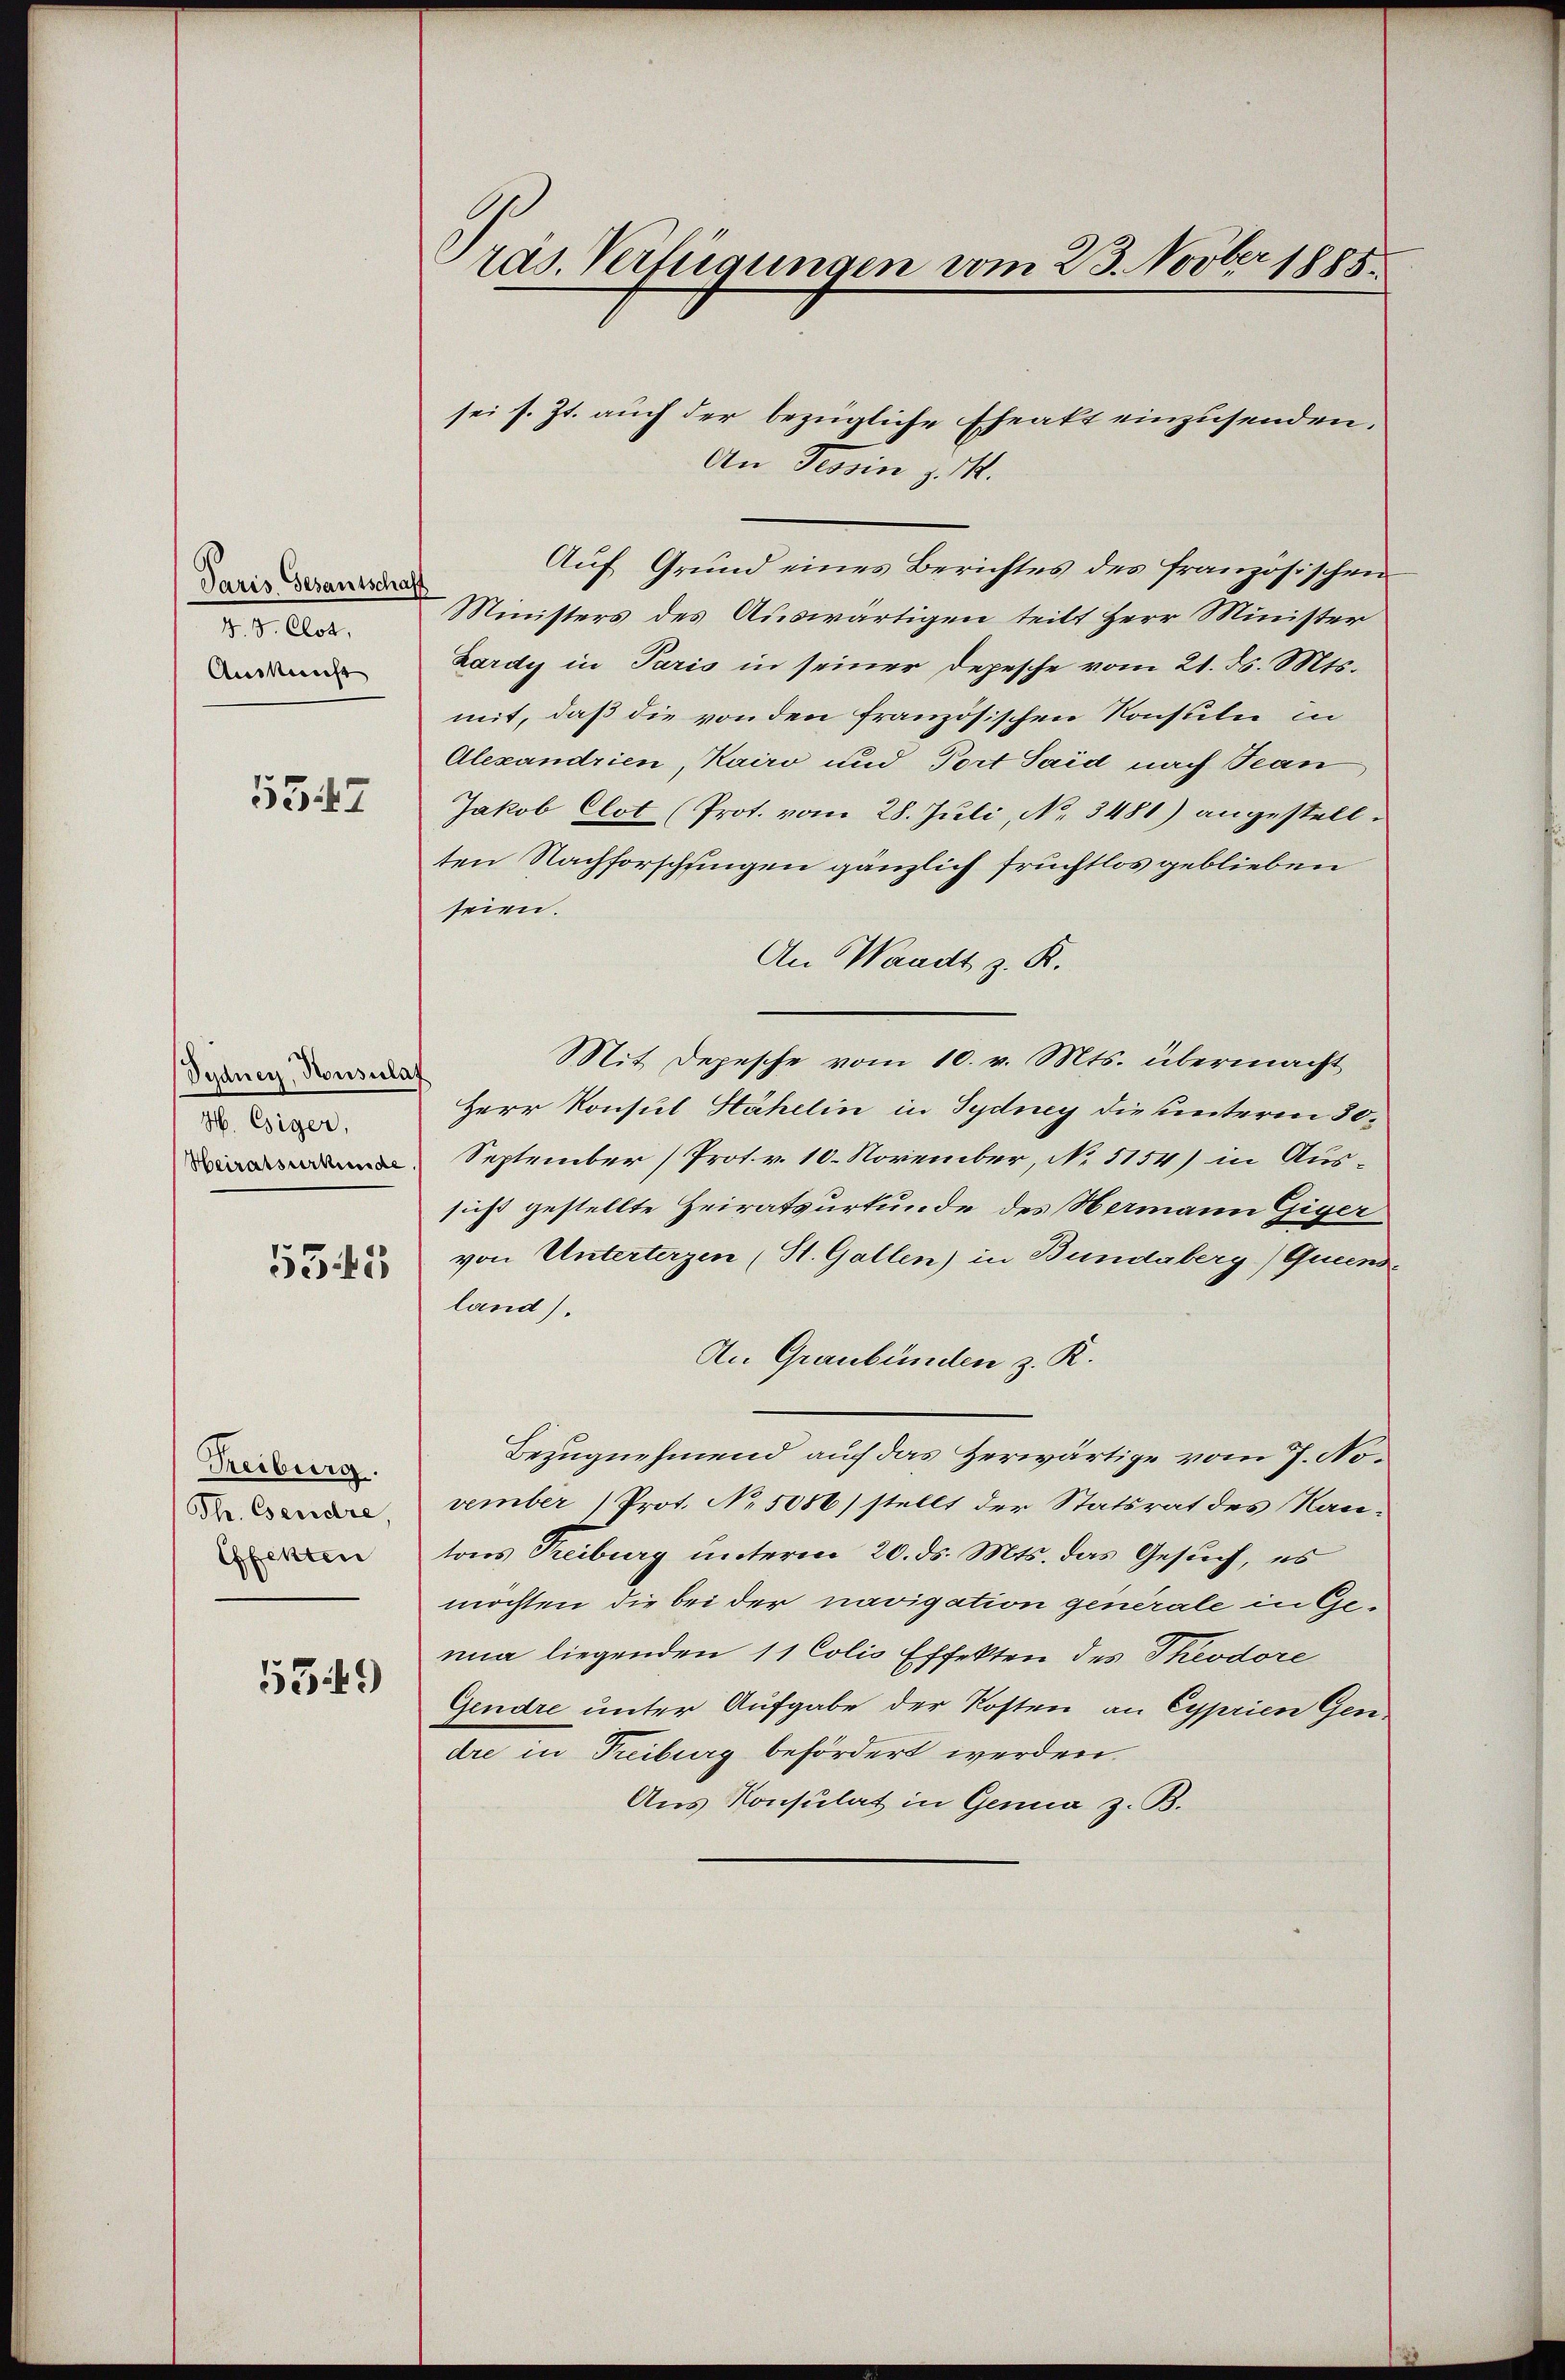
Paris Gesantschaf
45. Clot,
Auskunft

5347

Didner, Konsulat
H. Esiger,
Heiratsurkunde

5343

Reiburg.
Thr. Cserdre,
Effekten

5549

räs. Verfügungen vom 23. Novber 1885.

sei s. Zt. auch der bezügliche Eheakt einzusenden.
An Tessin d. M.

Auf Grund eines Berichtes des französischen
Ministers des Auswärtigen teilt Herr Minister
Lardy in Paris in seiner Depesche vom 21. d. Mts.
mit, daß die von den französischen Konsuln in
Alexandrien, Kairo und Port Said nach Tean
Jakob Clot (Prot. vom 28. Juli, No. 3481) angestellten Nachforschfingen gänzlich fruchtlos geblieben
seien.
An Waadt z. K.
Mit Depesche vom 10. v. Mts. übermacht
Herr Konsul Hähelin in Sydney die unterm 30.
September (Prot. v. 10. November, No. 5154) in Aussicht gestellte Heiratsurkunde des Hermann Giger
von Unterterzen (St. Gallen) in Bundeberg) Quundland).
An Graubünden z. R.
Bezugnehmend auf das Zerwärtige vom 7. November) Prot. No 5086) stellt der Statsrat des Kan-
tons Treiburg unterm 20. ds. Mts. das Gesuch, es
möchten die bei der navigation generale in Genua liegenden 11 Colis Effekten des Theodore
Gendre unter Aufgabe der Kosten an Cyprien Gen.
dre in Freiburg befördert werden.
Aus Konsulat in Genua z. B.